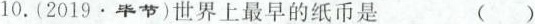
10.(2019 · 毕节)世界上最早的纸币是 ( )